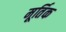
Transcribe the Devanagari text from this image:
मूर्तिक